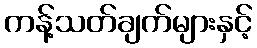
ကန့်သတ်ချက်များနှင့်